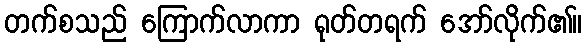
တက်စသည် ကြောက်လာကာ ရုတ်တရက် အော်လိုက်၏။